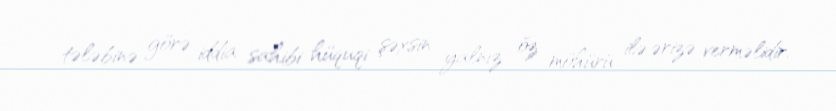
tələbinə görə iddia sahibi hüquqi şəxsin yalnız öz möhürü ilə ərizə verməlidir.